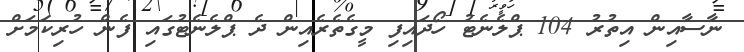
ނާސާއިން އިތުރު 104 ޕްލެނެޓު ހޯދައިފި މީގެތެރެއިން ދެ ޕްލެނެޓުގައި ފެން ހުރިކަމަށް